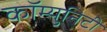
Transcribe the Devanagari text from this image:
कॉम्युनिटी